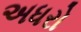
અધરો